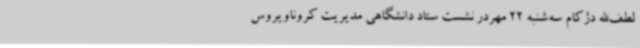
لطف‌الله دژکام سه‌شنبه 22 مهردر نشست ستاد دانشگاهی مدیریت کروناویروس